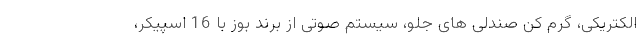
الکتریکی، گرم کن صندلی های جلو، سیستم صوتی از برند بوز با 16 اسپیکر،